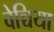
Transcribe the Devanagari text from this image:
वेच्चिया